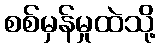
စစ်မှန်မှုထဲသို့